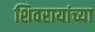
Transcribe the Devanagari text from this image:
शिवरायांच्या